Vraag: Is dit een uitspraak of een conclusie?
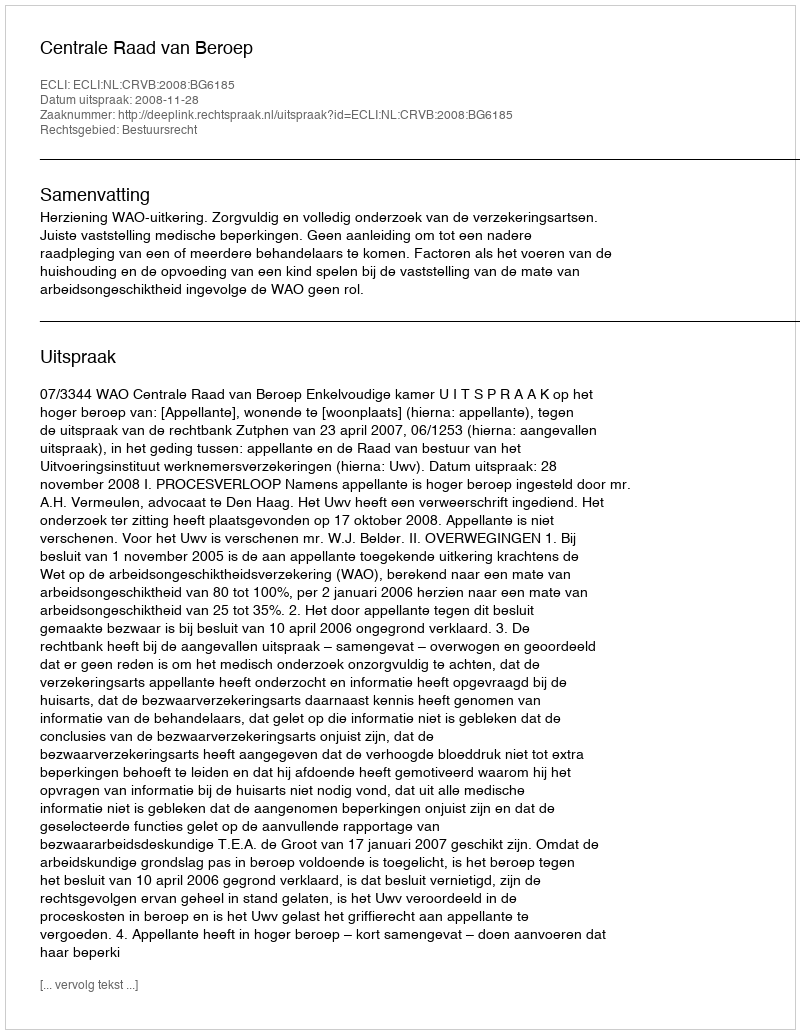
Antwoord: Uitspraak